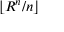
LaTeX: \lfloor R ^ { n } / n \rfloor